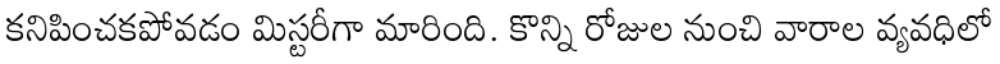
కనిపించకపోవడం మిస్టరీగా మారింది. కొన్ని రోజుల నుంచి వారాల వ్యవధిలో